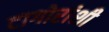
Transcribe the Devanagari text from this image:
टागोरांशी